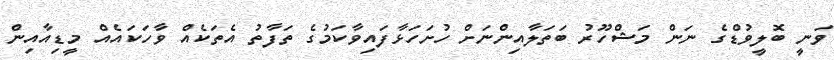
ވަނީ ބޮލީވުޑްގެ ނަން މަޝްހޫރު ބަތަލާއިންނަށް ހުށަހަޅާފައިވާކަމުގެ ތަފާތު އެތަކެއް ވާހަކައެއް މީޑިއާއިން